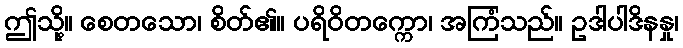
ဤသို့။ စေတသော၊ စိတ်၏။ ပရိဝိတက္ကော၊ အကြံသည်။ ဥဒါပါဒိနနှု၊